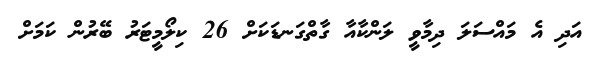
އަދި އެ މައްސަލަ ދިމާވީ ލަންކާއާ ގާތްގަނޑަކަށް 26 ކިލޯމީޓަރު ބޭރުން ކަމަށް